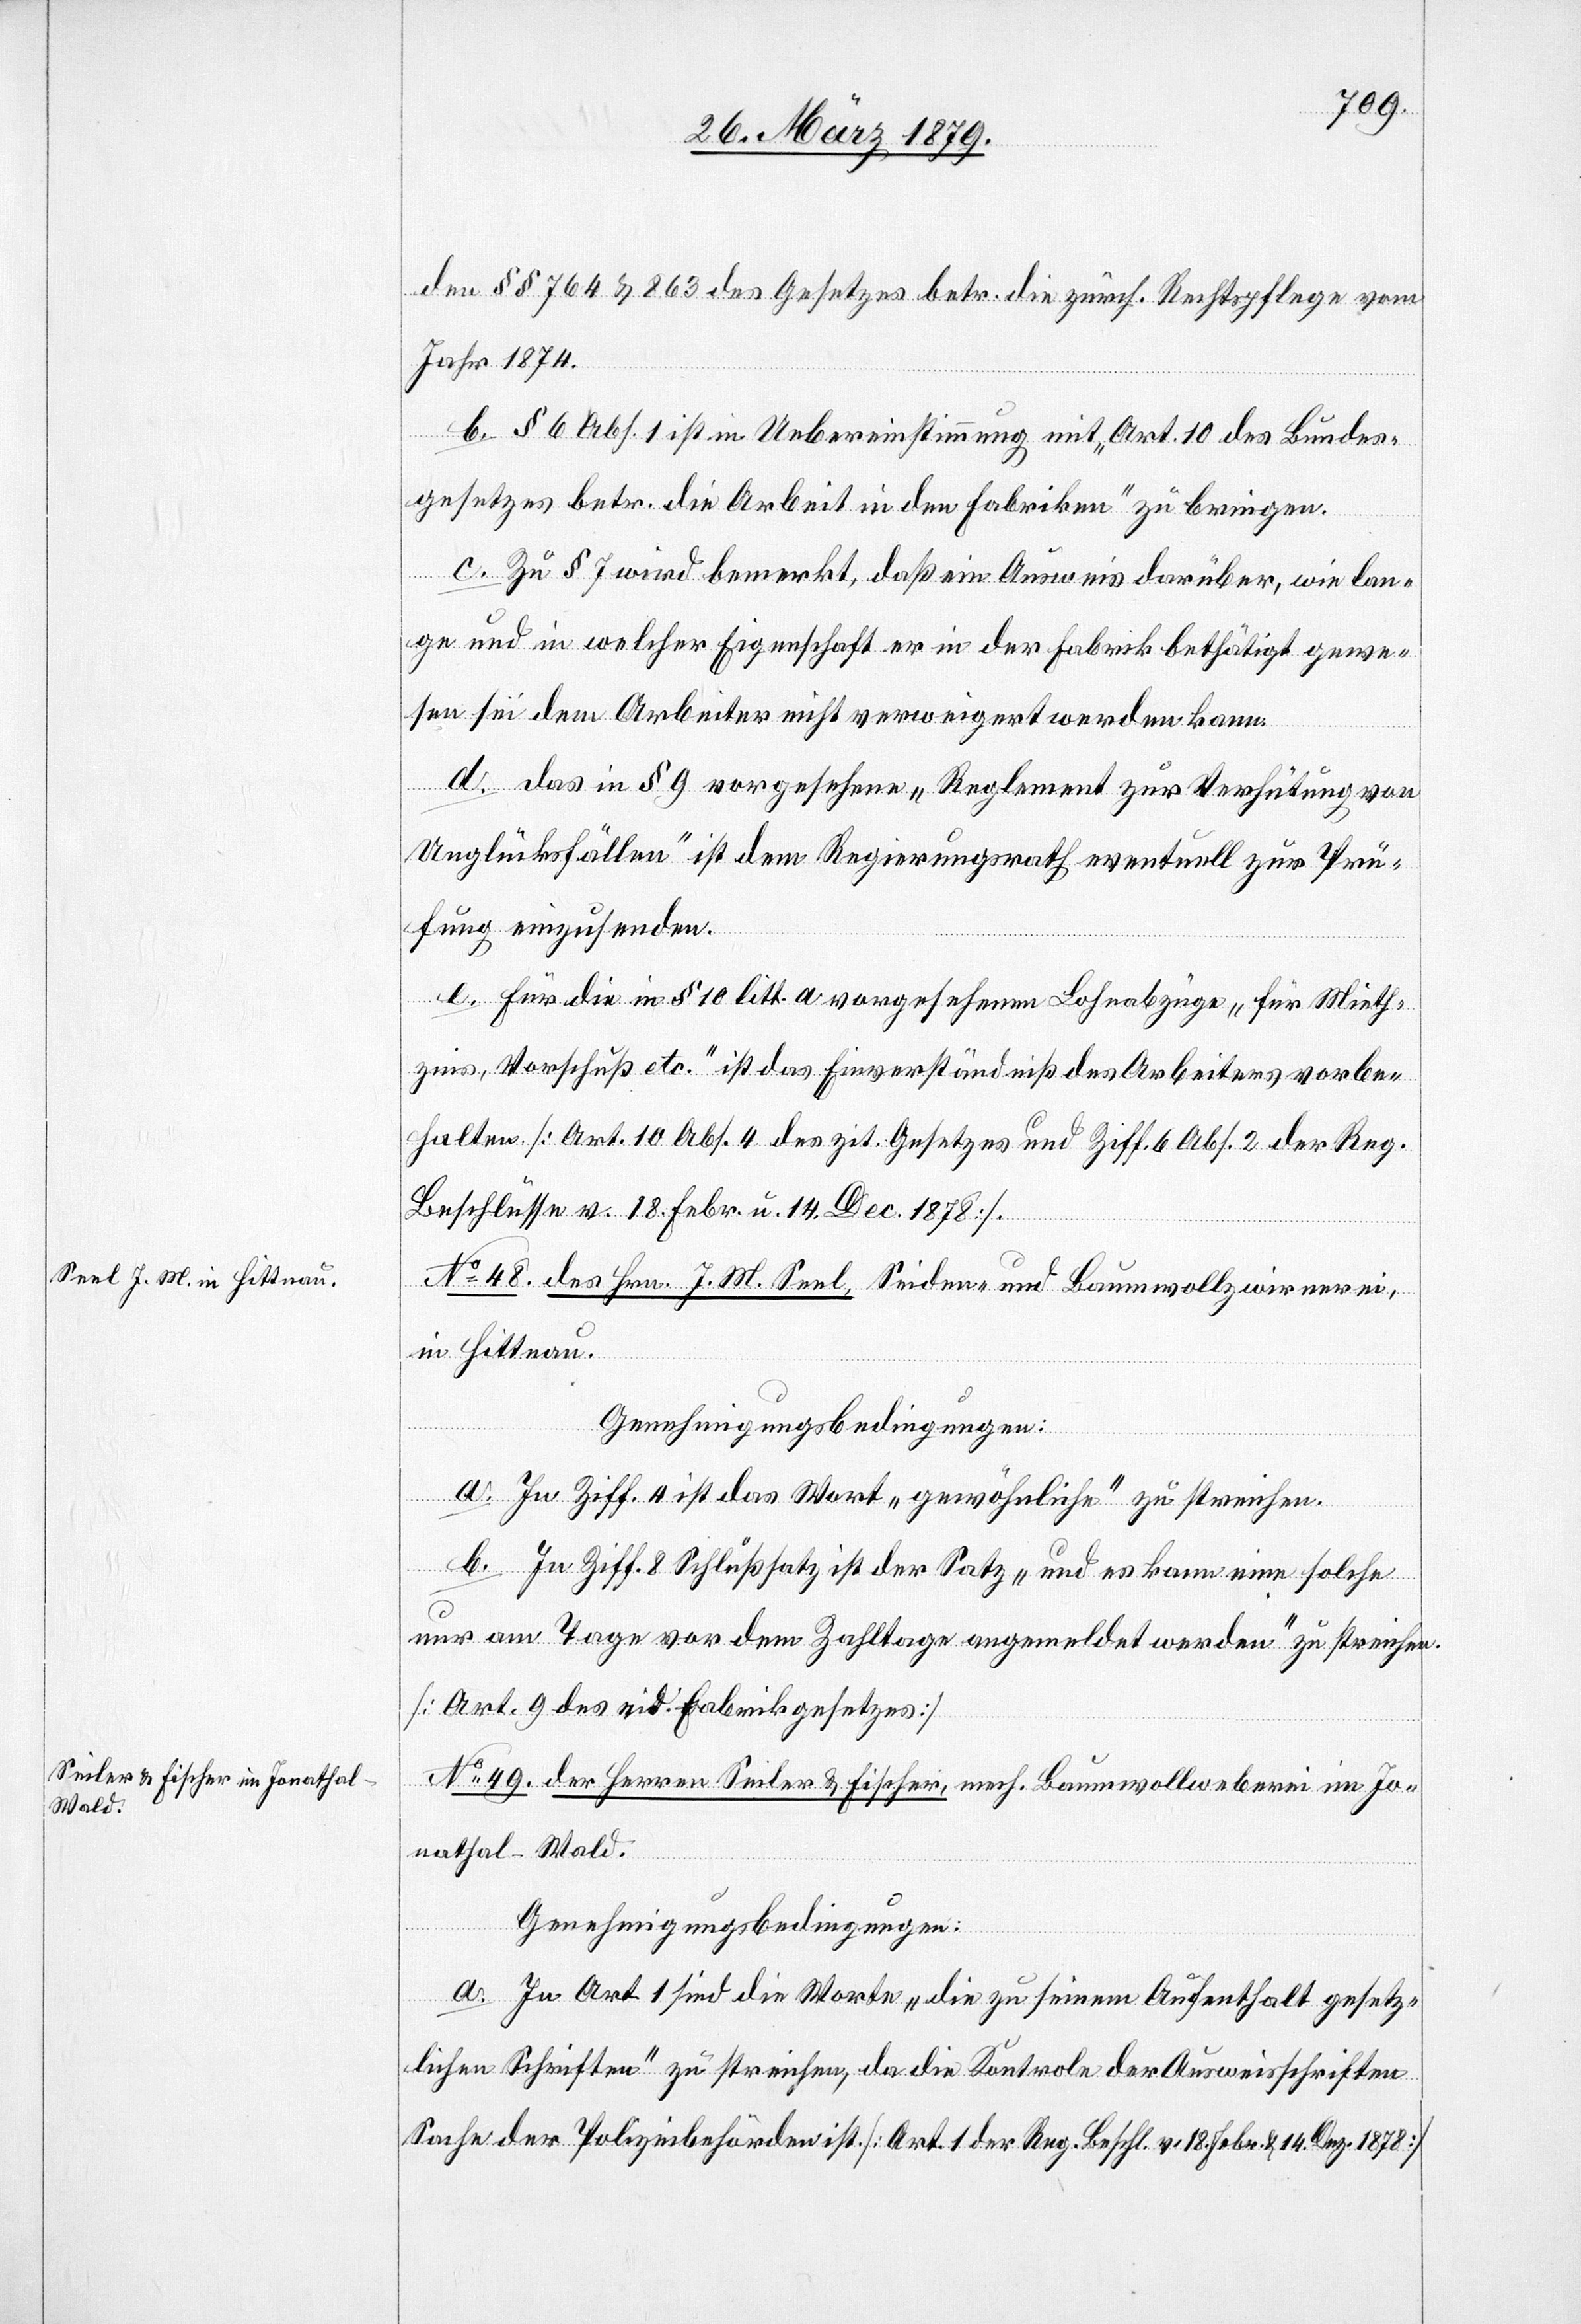
den §§ 764 & 863 des Gesetzes betr. die zürch. Rechtspflege vom
Jahr 1874.
b. § 6 Abs. 1 ist in Uebereinstimmung mit „Art. 10 des Bundes¬
gesetzes betr. die Arbeit in den Fabriken“ zu bringen.
c. Zu § 7 wird bemerkt, daß ein Ausweis darüber, wie lan¬
ge und in welcher Eigenschaft er in der Fabrik bethätigt gewe¬
sen sei dem Arbeiter nicht verweigert werden kann.
d. Das in § 9 vorgesehene „Reglement zur Verhütung von
Unglücksfällen“ ist dem Regierungsrath eventuell zur Prü¬
fung einzusenden.
e. Für die in § 10 litt. a vorgesehenen Lohnabzüge „für Mieth¬
zins, Vorschuß etc.“ ist das Einverständniß des Arbeiters vorbe¬
halten. [Art. 10 Abs. 4 des zit. Gesetzes und Ziff. 6 Abs. 2 der Reg.
Beschlüsse v. 18. Febr. u. 14. Dec. 1878].
No 48. des Hrn. J. M. Seel, Seiden- und Baumwollzwirnerei,
in Hittnau.
Genehmigungsbedingungen:
a. In Ziff. 4 ist das Wort „gewöhnliche“ zu streichen.
b. In Ziff. 8 Schlußsatz ist der Satz „und es kann eine solche
nur am Tage vor dem Zahltage angemeldet werden“ zu streichen.
[Art. 9 des eid. Fabrikgesetzes].